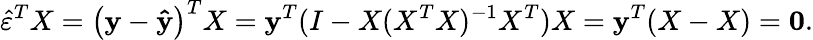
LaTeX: {\hat{\varepsilon}}^{T}X=\left(\mathbf{y}-\mathbf{\hat{y}}\right)^{T}X=\mathbf{y}^{T}(I-X(X^{T}X)^{-1}X^{T})X={\mathbf{y}}^{T}(X-X)={\mathbf{0}}.